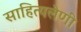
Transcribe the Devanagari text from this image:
साहित्यलेणी